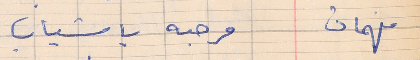
فهمان      مرحبه يا شباب